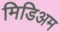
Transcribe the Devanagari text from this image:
मिडिअम